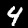
Digit: 4